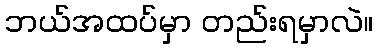
ဘယ်အထပ်မှာ တည်းရမှာလဲ။